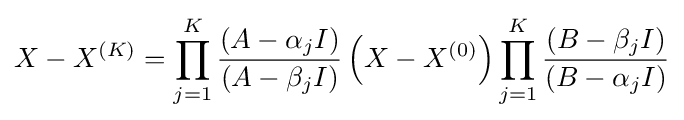
X-X^{(K)}=\prod _{j=1}^{K}{\frac {(A-\alpha _{j}I)}{(A-\beta _{j}I)}}\left(X-X^{(0)}\right)\prod _{j=1}^{K}{\frac {(B-\beta _{j}I)}{(B-\alpha _{j}I)}}